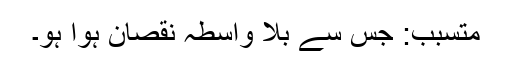
متسبب: جس سے بلا واسطہ نقصان ہوا ہو۔